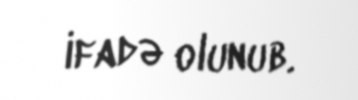
ifadə olunub.